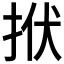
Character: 𢫯